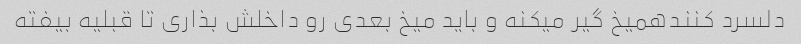
دلسرد کنندهمیخ گیر میکنه و باید میخ بعدی رو داخلش بذاری تا قبلیه بیفته